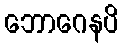
ဘောဂေနပိ